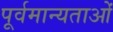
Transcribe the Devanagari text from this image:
पूर्वमान्यताओं